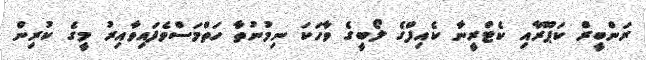
ރަންބީރް ކަޕޫރާއި ކެޓްރީނާ ކެއިފްގެ ލޯބީގެ ވާހަކަ ނިމުނުތާ ހަތްމަސްވެފައިވާއިރު މީގެ ކުރިން